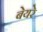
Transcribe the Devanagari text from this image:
बेयरे